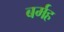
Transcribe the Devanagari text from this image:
बर्मह